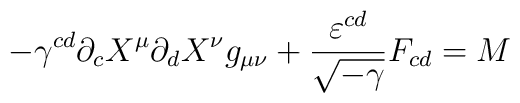
-\gamma^{cd} \partial_{c} X^{\mu}\partial_{d} X^{\nu} g_{\mu \nu} +\frac {\varepsilon^{cd}}{\sqrt{-\gamma}} F_{cd} = M